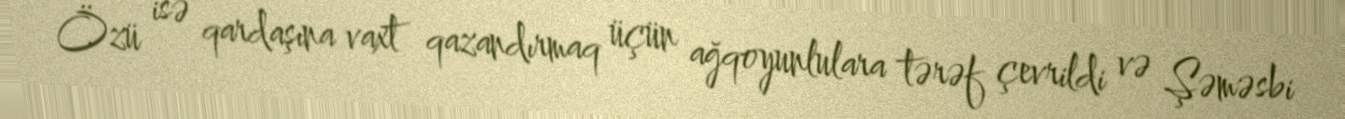
Özü isə qardaşına vaxt qazandırmaq üçün ağqoyunlulara tərəf çevrildi və Şəməsbi